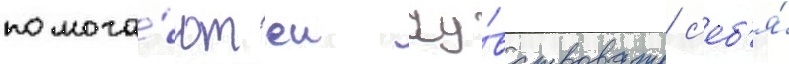
помога́ют еи чу́вствовать с'еб'я́